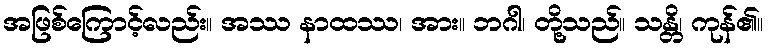
အဖြစ်ကြောင့်လည်း။ အဿ နာထဿ၊ အား။ ဘဂါ၊ တို့သည်။ သန္တိ၊ ကုန်၏။